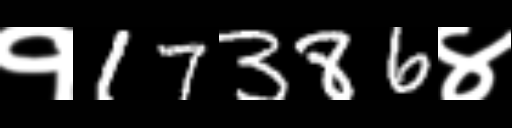
Text: १17386४